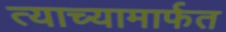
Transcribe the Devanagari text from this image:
त्याच्यामार्फत